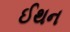
ઈથન